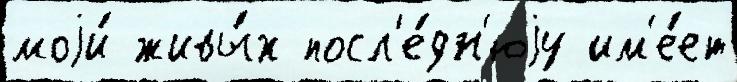
моjи́ живы́х посл'е́дн'юjу им'е́ет